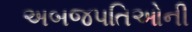
અબજપતિઓની